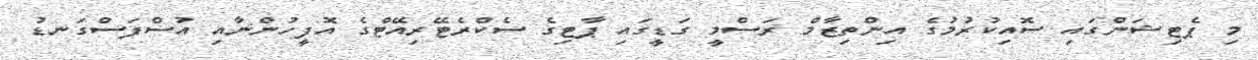
މި ޕެޓިޝަންގައި ސޮއިކުރުމުގެ އިންތިޒާމް ރަސްމީ ގަޑީގައި ޕާޓިގެ ސެކްރެޓޭރިއޭޓްގެ އޮފީހުންނާއި އުސްފަސްގަނޑު